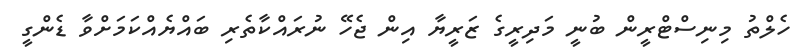
ހެލްތު މިނިސްޓްރީން ބުނީ މަދިރީގެ ޒަރީޔާ އިން ޖެހޭ ނުރައްކާތެރި ބައްޔެއްކަމަށްވާ ޑެންގީ